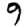
Digit: 9